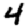
Digit: 4